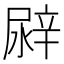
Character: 𨐛